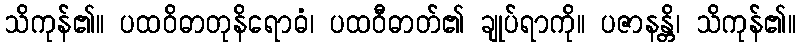
သိကုန်၏။ ပထဝိဓာတုနိရောဓံ၊ ပထဝီဓာတ်၏ ချုပ်ရာကို။ ပဇာနန္တိ၊ သိကုန်၏။